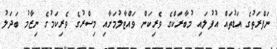
ނަފްރަތުގެ އަޑުތައް އުފުލައި މުބާރަކްގެ ވެރިކަން ވައްޓާލުމަށާއި މިސްރުގެ ވެރިކަމުގެ ނިޒާމު ބަދަލު